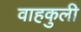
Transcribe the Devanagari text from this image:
वाहकुली